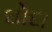
ઘોદા